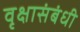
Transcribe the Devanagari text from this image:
वृक्षासंबंधी